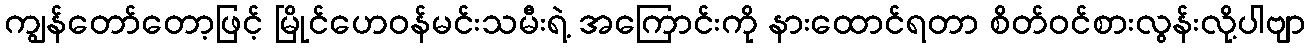
ကျွန်တော်တော့ဖြင့် မြိုင်ဟေဝန်မင်းသမီးရဲ့ အကြောင်းကို နားထောင်ရတာ စိတ်ဝင်စားလွန်းလို့ပါဗျာ